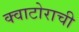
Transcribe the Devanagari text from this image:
क्वाटोराची